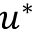
u ^ { * }